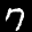
Label: 7